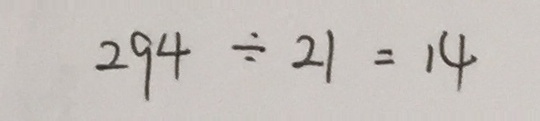
2 9 4 \div 2 1 = 1 4